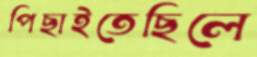
পিছাইতেছিলে